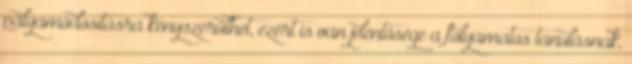
pályamódosításra kényszerülhet, ezért is van jelentősége a folyamatos tanulásnak,